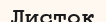
Листок